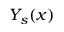
{ Y _ { s } ( x ) }